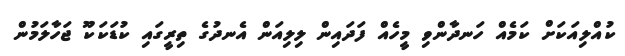
ކުއްލިއަކަށް ކަމެއް ހަނދާންވި މީހެއް ފަދައިން ލިލިއަން އެނދުގެ ތިރީގައި ކުޑަކަކޫ ޖަހާލަމުން